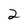
Character: 2